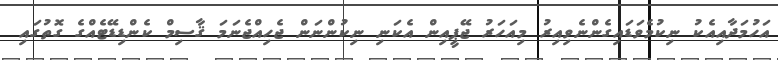
އަހުމަދާއިއެކު ނިކުމެވަޑައިގެންނެވިއިރު މިއަހަރު ޖޭޕީއިން އެކަނި ނިކުންނަން ޖެހިއްޖެނަމަ ޤާސިމް ކެންޑިޑޭޓެއްގެ ގޮތުގައި